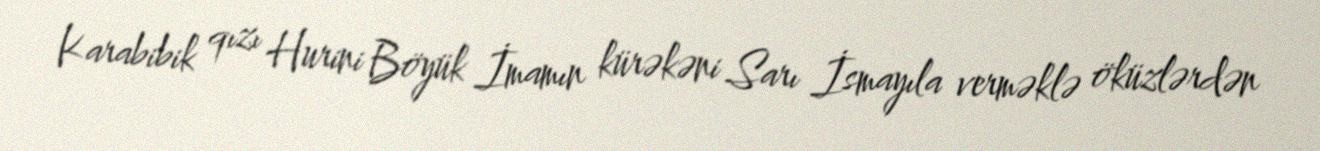
Karabibik qızı Hurini Böyük İmamın kürəkəni Sarı İsmayıla verməklə öküzlərdən